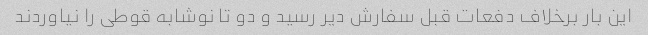
این بار برخلاف دفعات قبل سفارش دیر رسید و دو تا نوشابه قوطی را نیاوردند